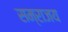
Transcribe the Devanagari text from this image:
सम्राजय